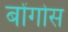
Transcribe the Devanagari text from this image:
बोंगोस